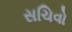
સચિવો